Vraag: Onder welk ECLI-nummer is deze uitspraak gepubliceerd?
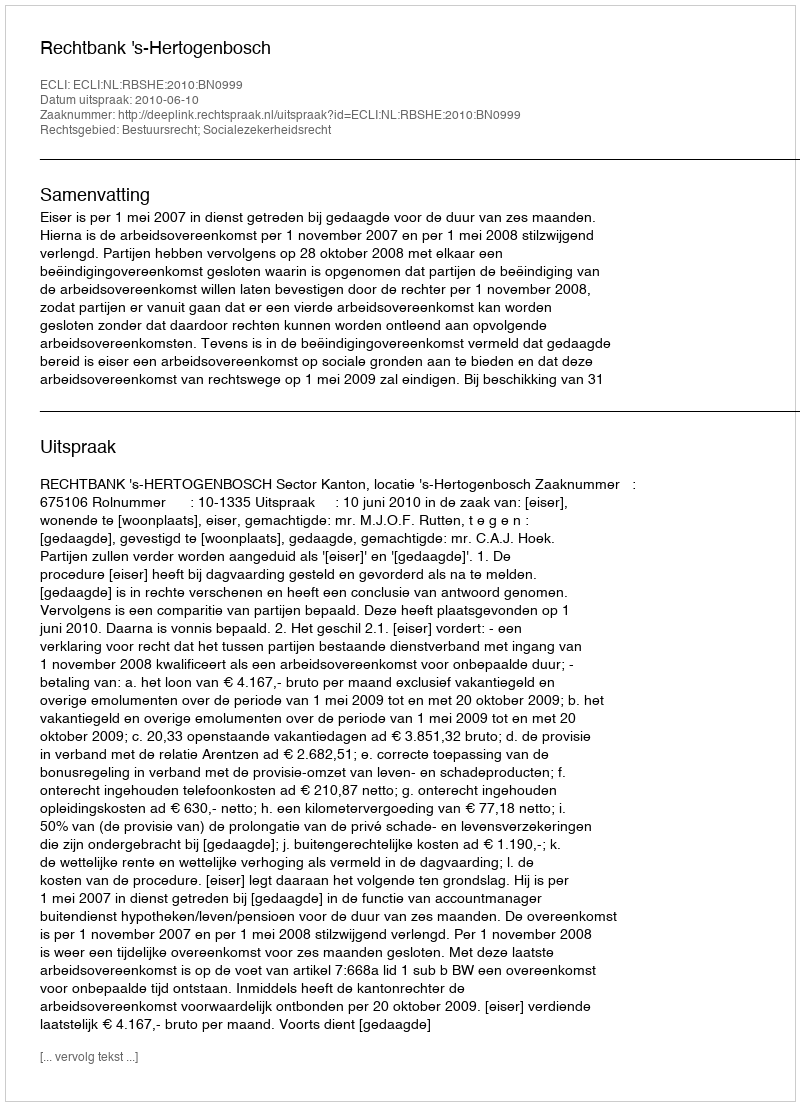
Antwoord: ECLI:NL:RBSHE:2010:BN0999